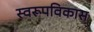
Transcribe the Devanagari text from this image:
स्वरूपविकास